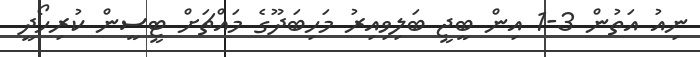
ނިއު އަތުން 3-1 އިން ބީޖީ ބަލިވިއިރު މަހިބަދޫގެ މައްޗަށް ޓީސީން ކުރިހޯދީ